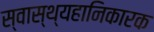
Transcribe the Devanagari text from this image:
स्वास्थ्यहानिकारक